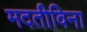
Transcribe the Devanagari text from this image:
मदतीविना